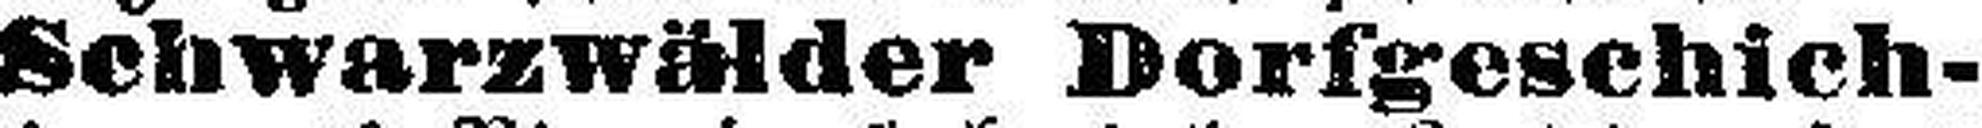
Schwarzwälder Dorfgeschich¬